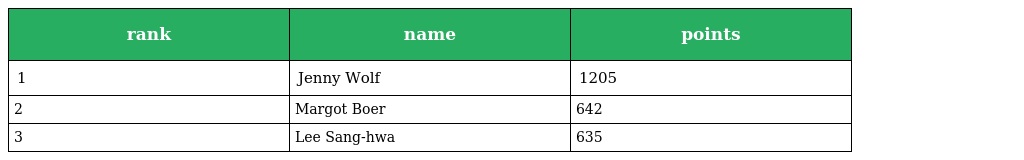
| rank | name | points |
 | --- | --- | --- |
 | 1 | Jenny Wolf | 1205 |
 | 2 | Margot Boer | 642 |
 | 3 | Lee Sang-hwa | 635 |